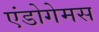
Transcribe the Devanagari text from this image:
एंडोगेमस